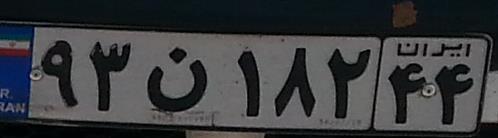
۹۳ن۱۸۲۴۴